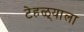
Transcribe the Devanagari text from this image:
टेहळ्याला